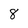
Character: 8